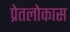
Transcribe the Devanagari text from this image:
प्रेतलोकास